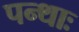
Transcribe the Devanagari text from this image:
पन्थाः